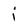
Character: i